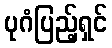
ပုဂံပြည့်ရှင်